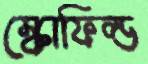
স্কোফিল্ড